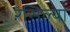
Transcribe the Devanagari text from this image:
रसिल्या